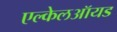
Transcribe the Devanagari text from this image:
एल्केलऑयड